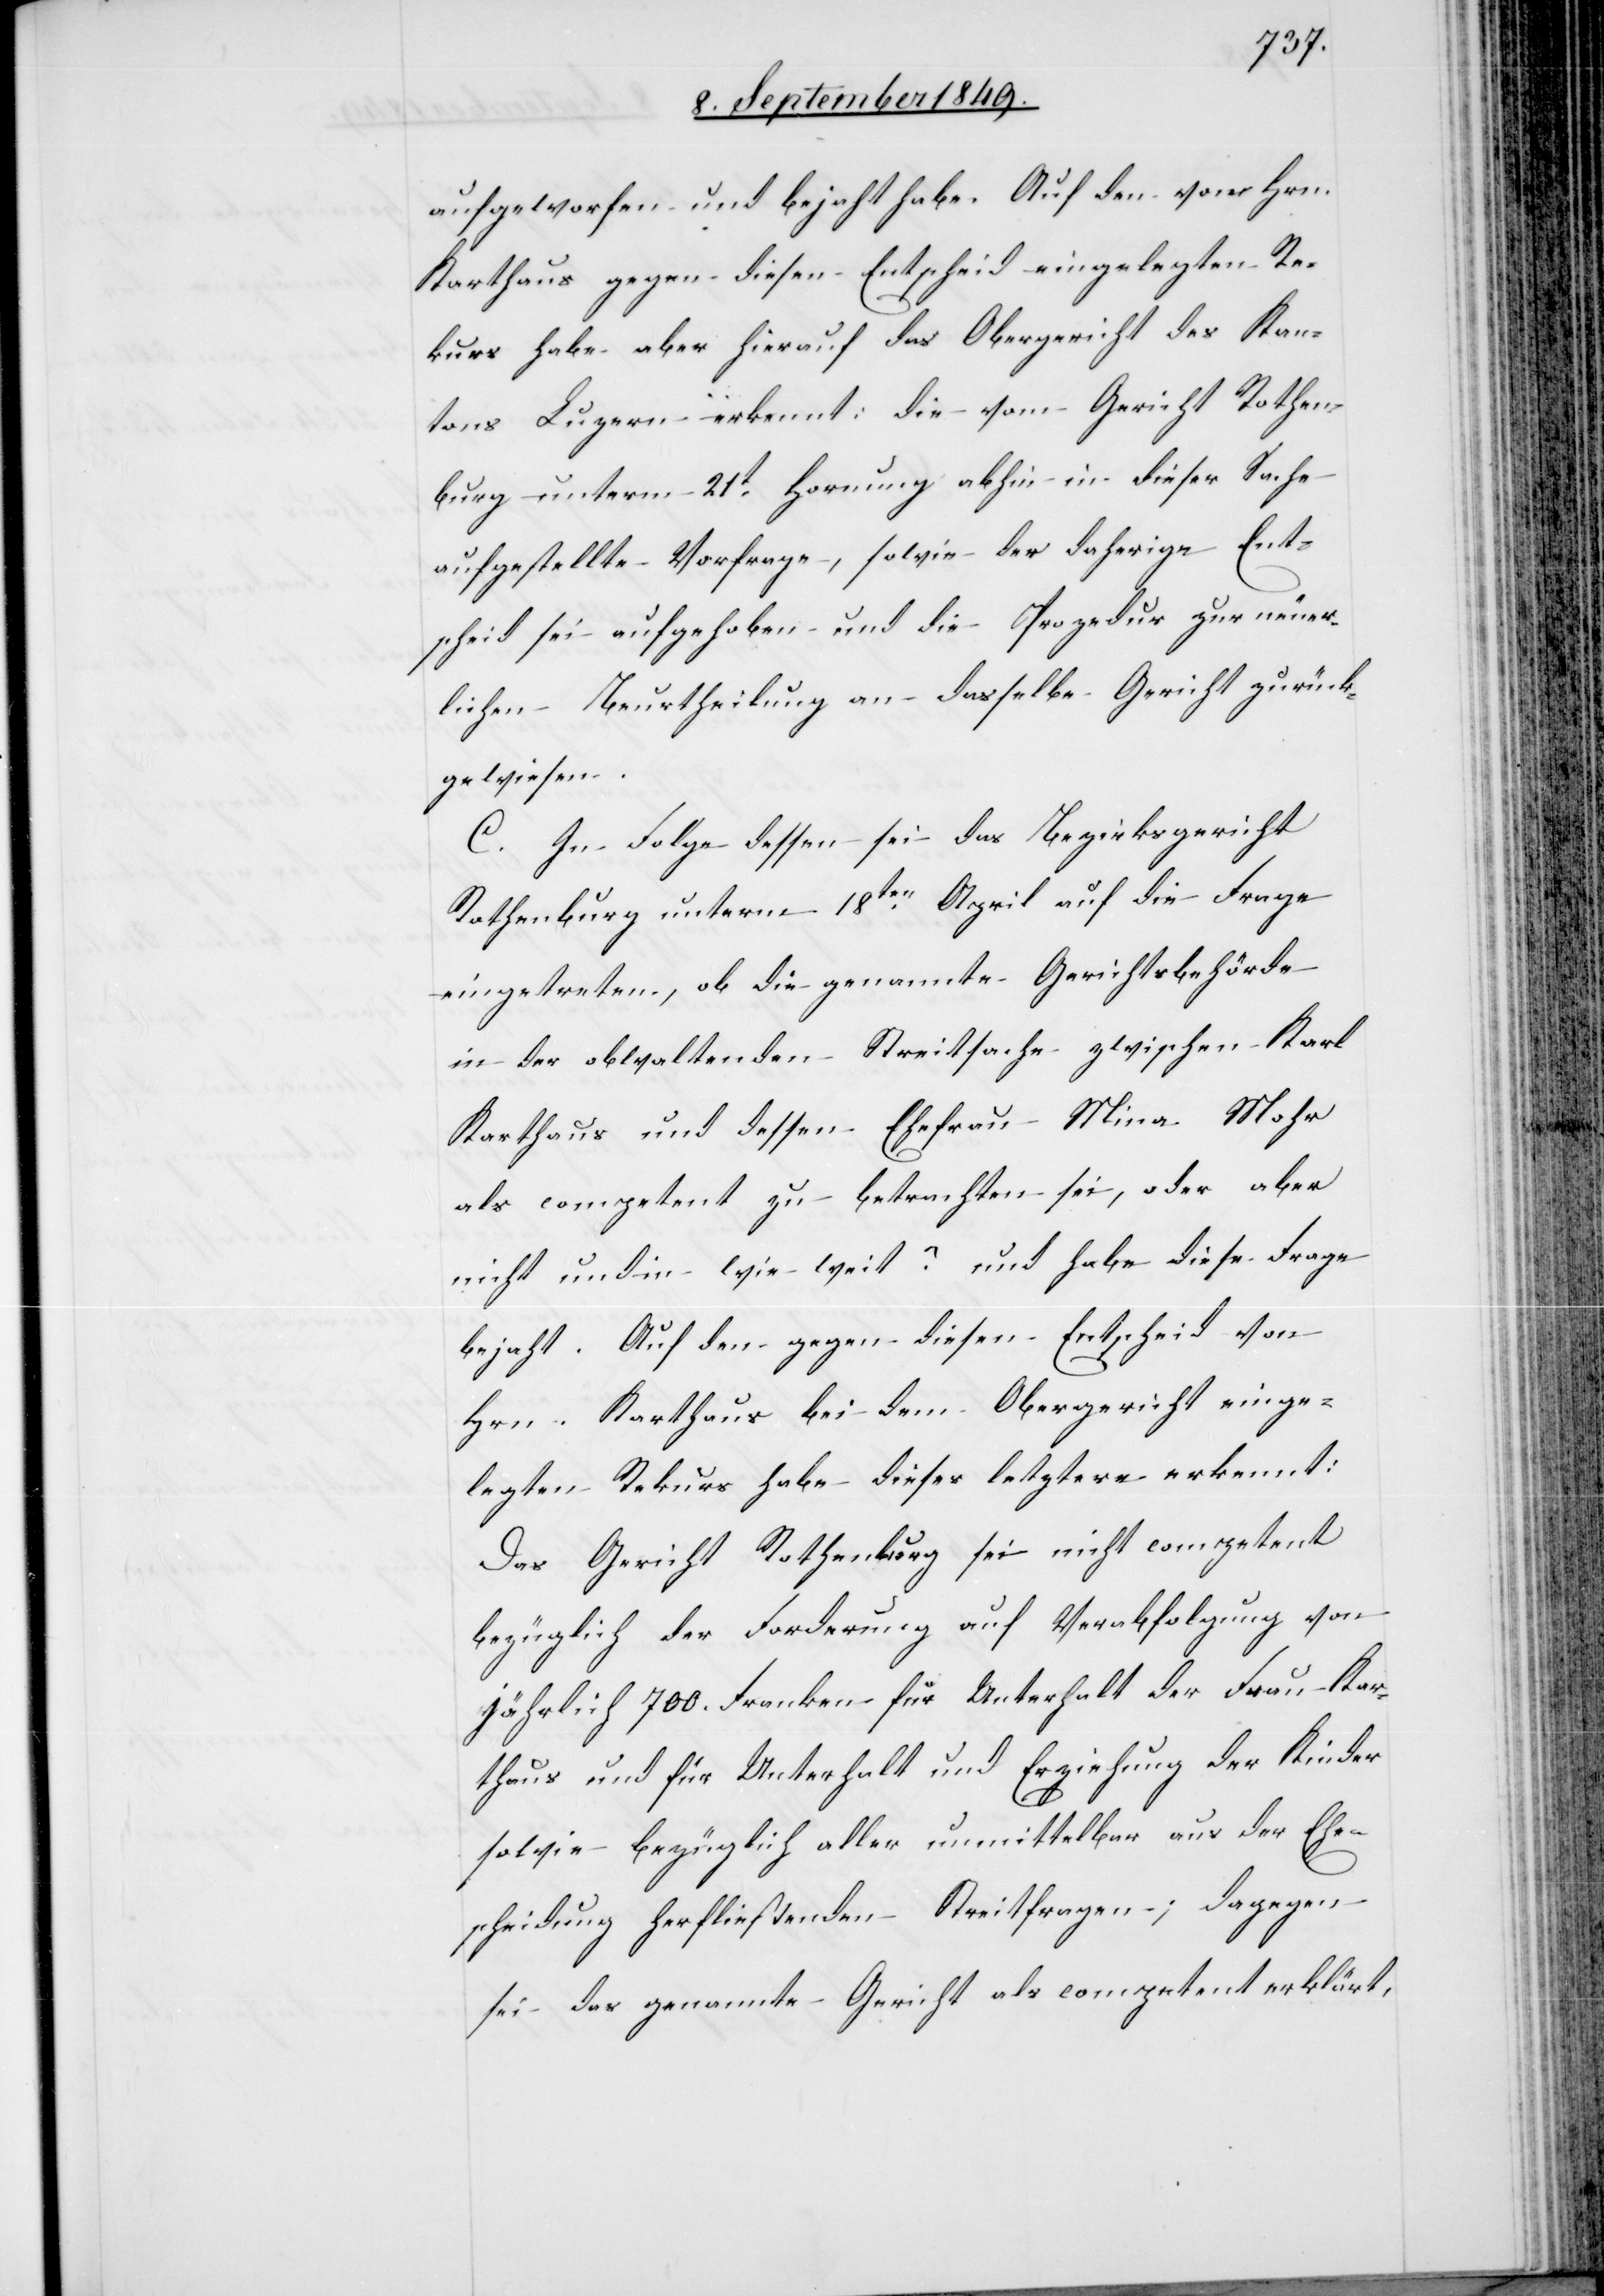
aufgeworfen und bejaht habe. Auf den von Hrn.
Karthaus gegen diesen Entscheid eingelegten Re¬
kurs habe aber hierauf das Obergericht des Kan¬
tons Luzern erkennt: die vom Gericht Rothen¬
burg unterm 21t Hornung abhin in dieser Sache
aufgestellte Vorfrage, sowie der daherige Ent¬
scheid sei aufgehoben und die Prozedur zur neuer¬
lichen Beurtheilung an dasselbe Gericht zurück¬
gewiesen.
C. In Folge dessen sei das Bezirksgericht
Rothenburg unterm 18ten April auf die Frage
eingetreten, ob die genannte Gerichtsbehörde
in der obwaltenden Streitsache zwischen Karl
Karthaus und dessen Ehefrau Mina Mohr
als competent zu betrachten sei, oder aber
nicht und in wie weit? und habe diese Frage
bejaht. Auf den gegen diesen Entscheid von
Hrn. Karthaus bei dem Obergericht einge¬
legten Rekurs habe dieses letztere erkennt:
Das Gericht Rothenburg sei nicht competent
bezüglich der Forderung auf Verabfolgung von
jährlich 700. Franken für Unterhalt der Frau Kar¬
thaus und für Unterhalt und Erziehung der Kinder
sowie bezüglich aller unmittelbar aus der Ehe¬
scheidung herfließenden Streitfragen; dagegen
sei das genannte Gericht als competent erklärt,